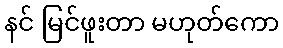
နင် မြင်ဖူးတာ မဟုတ်ကော